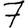
Digit: 7